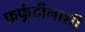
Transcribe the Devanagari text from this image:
फफूंदीनाशी